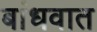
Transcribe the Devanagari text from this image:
बांधवात